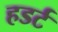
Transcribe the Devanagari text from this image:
हडर्ट